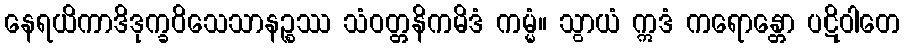
နေရယိကာဒိဒုက္ခဝိသေသာနဉ္စဿ သံဝတ္တနိကမိဒံ ကမ္မံ။ သွာယံ ဣဒံ ကရောန္တော ပဋိဝါတေ